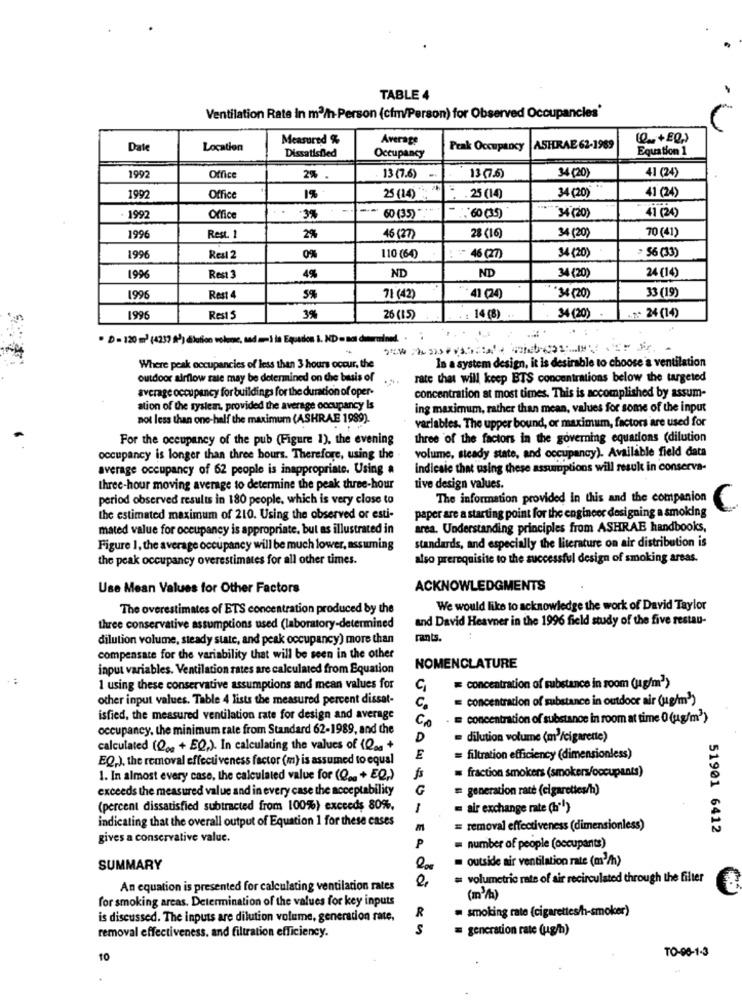
TABLE 4
Ventilation Rate In m3/h-Person (cfm/Person) for Observed Occupancles'
Measured %
Average
Date
Location
Dissatisfied
Peak Occupancy
ASHRAE 62-1989
Equation 1
Occupancy
1997
34 (20)
41 (24)
Office
2% .
13 (7.6) ..
13 (76)
25 (14) %
34 (20)
41 (24)
1997
Office
1%
. 25 (14)
34 (20)
41 (24)
- 1992
Office
3%
60 (35)
.60 (35)
1996
34 (20)
70 (41)
Rest. 1
2%
46 (27)
28 (16)
34 (20)
> 56 (33)
1996
Resl 2
0%
110 (64)
- 46 (27)
ND
ND
34 (20)
1996
Rest 3
4%
24 (14)
33 (19)
1996
Rest 4
5%
71 (42)
41 (24)
"34 (20)
34 (20)
199
Rest 5
3%
26 (15)
: 14 (8)
1.7: 24 (14)
. D = 120 m) (4237 92) dilution volume, sadaI la Equation 1. ND m not dermined. .
Where peak occupancies of less than 3 hours occur, the
In a system design, it is desirable to choose a ventilation
outdoor airflow rate may be determined on the basis of
...
rate that will keep BTS concentrations below the targeted
average occupancy for buildings for the duration of oper-
concentration at most times. This is accomplished by assum-
ation of the system, provided the average occupancy Is
ing maximum, rather than mean, values for some of the input
not less than one-half the maximum (ASHRAE 1989).
variables. The upper bound, or maximum, factors are used for
For the occupancy of the pub (Figure 1), the evening
three of the factors in the governing equations (dilution
volume, steady state, and occupancy). Available field data
occupancy is longer than three bours. Therefore, using the .
average occupancy of 62 people is inappropriate. Using a
indicate that using these assumptions will result in conserva-
three-hour moving average to determine the peak three-hour
tive design values.
period observed results in 180 people, which is very close to
The information provided in this and the companion
paper are a starting point for the engineer designing a smoking
the estimated maximum of 210. Using the observed or esti-
mated value for occupancy is appropriate, but as illustrated in
area. Understanding principles from ASHRAE handbooks,
Figure 1, the average occupancy will be much lower, assuming
standards, and especially the literature on air distribution is
the peak occupancy overestimates for all other times.
also prerequisite to the successful design of smoking areas.
Use Mean Values for Other Factors
ACKNOWLEDGMENTS
The overestimates of ETS concentration produced by the
We would like to acknowledge the work of David Taylor
and David Heavner in the 1996 field study of the five restau-
three conservative assumptions used (laboratory-determined
dilution volume, steady state, and peak occupancy) more than
rants.
compensate for the variability that will be seen in the other
input variables. Ventilation rates are calculated from Equation
NOMENCLATURE
1 using these conservative assumptions and mean values for
C
= concentration of substance in room (jag/m2)
other input values. Table 4 lists the measured percent dissat-
= concentration of substance in outdoor air (ug/m3)
C.
isfied, the measured ventilation rate for design and average
concentration of substance in room at time 0 (ug/m3)
occupancy, the minimum rate from Standard 62-1989, and the
Co
D
dilution volume (m)/cigarette)
calculated (Qge + EQ,). In calculating the values of (Qaa+
EQ,), the removal effectiveness factor (m) is assumed to equal
E
= filtration efficiency (dimensionless)
fraction smokers (smokers/occupants)
1. In almost every case, the calculated value for (Qo. + EQ,)
exceeds the measured value and in every case the acceptability
G
= generation rate (cigarettes/h)
(percent dissatisfied subtracted from 100%) exceeds 80%,
= air exchange rate (h"")
indicating that the overall output of Equation 1 for these cases
M
= removal effectiveness (dimensionless)
51901 6412
gives a conservative value.
P
= number of people (occupants)
= outside air ventilation rate (m3/h)
SUMMARY
= volumetric rate of air recirculated through the filter
An equation is presented for calculating ventilation rates
for smoking areas. Determination of the values for key inputs
= smoking rate (cigarettes/h-smoker)
is discussed. The inputs are dilution volume, generation rate,
R
removal effectiveness. and filtration efficiency.
= generation rate (ug/h)
TO-06-1-3
10